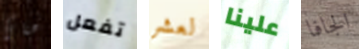
هناك تفعل لعشر علينا الجافا